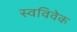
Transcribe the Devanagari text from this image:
स्‍वविवेक